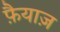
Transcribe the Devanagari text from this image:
फ़ैयाज़